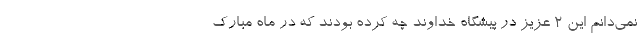
نمی‌دانم این ۲ عزیز در پیشگاه خداوند چه کرده بودند که در ماه مبارک